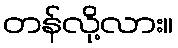
တန်လို့လား။